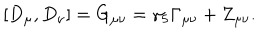
LaTeX: [ D _ { \mu } , D _ { \nu } ] = G _ { \mu \nu } = \gamma _ { 5 } \Gamma _ { \mu \nu } + Z _ { \mu \nu } .